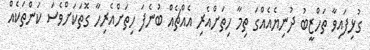
ގުޅިފައިވާ ތަހްޒީބު ދުނިޔެއެއްގަ ތިމާ ހިތަށްއެރި އެއްޗެއް ބުނެފަ ހިތަށްއެރިހާ ގޮތަކަށްވެސަ ކަންތަކެއް